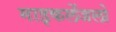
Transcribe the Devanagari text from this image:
माइकलेंजलो